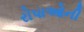
રોપાઓની